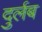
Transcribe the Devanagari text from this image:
दुर्लब